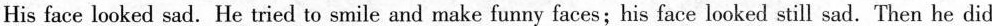
His face looked sad. He tried to smile and make funny faces;his face looked still sad. Then he did